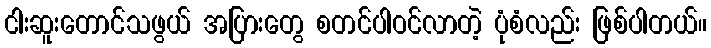
ငါးဆူးတောင်သဖွယ် အပြားတွေ စတင်ပါဝင်လာတဲ့ ပုံစံလည်း ဖြစ်ပါတယ်။